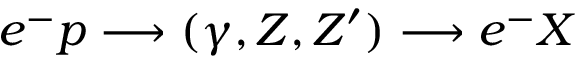
e ^ { - } p \longrightarrow ( \gamma , Z , Z ^ { \prime } ) \longrightarrow e ^ { - } X